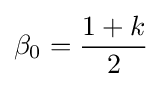
\beta _{0}={\frac {1+k}{2}}